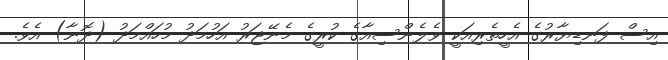
އިސް ފަނޑިޔާރުގެ އެހީތެރިއަކީ ވެލެންސިއާގެ ކުރީގެ މެނޭޖަރު އަހުމަދު މުހައްމަދު (ދޮނާ) އެވެ.